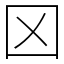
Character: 龱